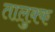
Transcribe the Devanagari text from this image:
तालुक्क